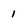
Character: 1